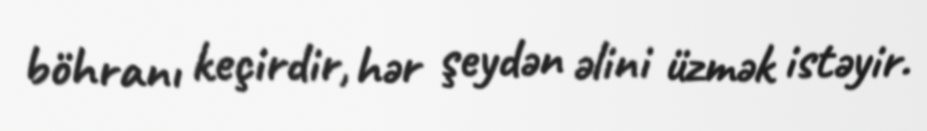
böhranı keçirdir, hər şeydən əlini üzmək istəyir.